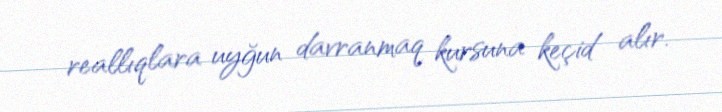
reallıqlara uyğun davranmaq kursuna keçid alır.